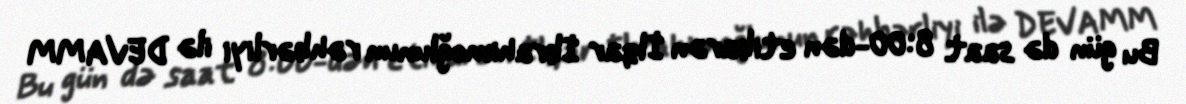
Bu gün də saat 8:00-dən etibarən İlqar İbrahimoğlunun rəhbərliyi ilə DEVAMM